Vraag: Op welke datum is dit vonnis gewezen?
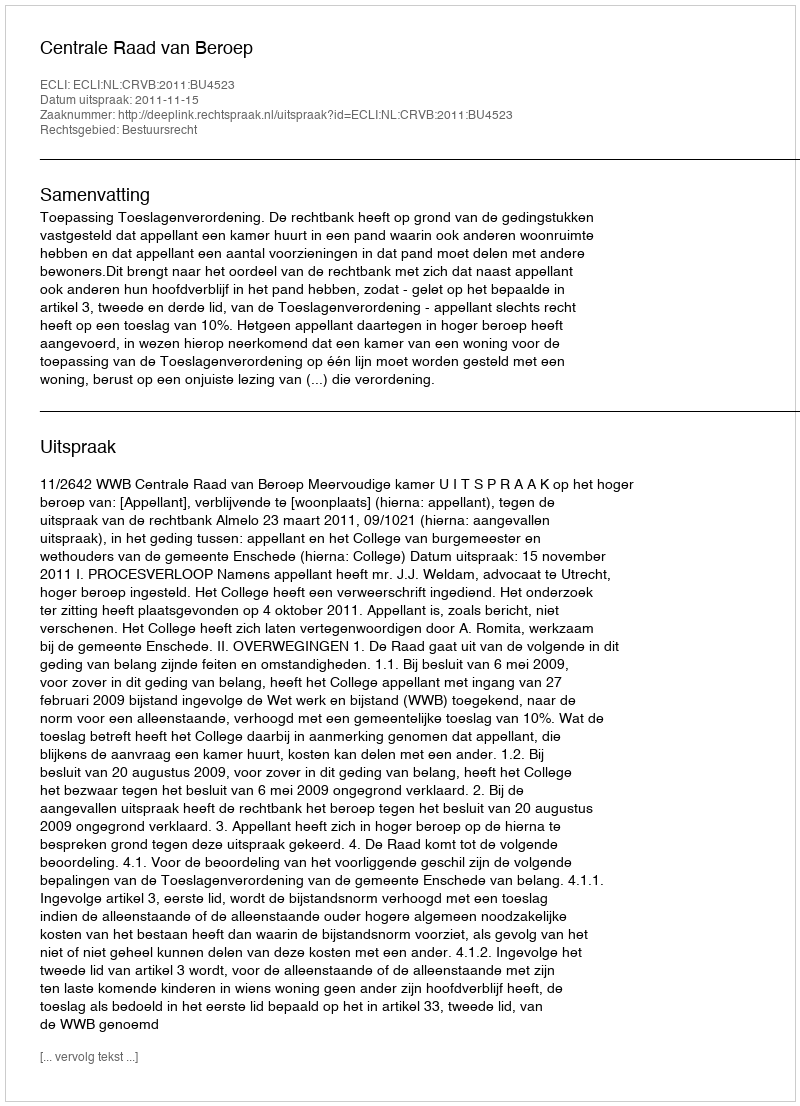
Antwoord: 2011-11-15